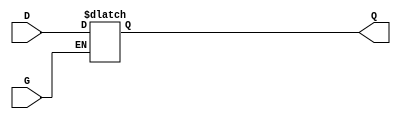
module gated_latch (
    input wire D,    // Data Input
    input wire G,    // Gate Signal
    output reg Q     // Output
);

// Always block that is sensitive to the gate signal
always @ (G or D) begin
    if (G) begin
        Q <= D;    // When G is high, output follows D
    end
    // No need for an else clause; Q retains its value when G is low
end

endmodule